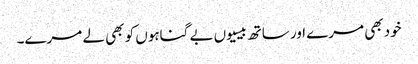
خود بھی مرے اور ساتھ بیسیوں بے گناہوں کو بھی لے مرے۔